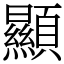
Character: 顯